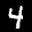
Label: 4